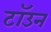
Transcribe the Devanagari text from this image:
टॉउन